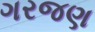
ગરજણ